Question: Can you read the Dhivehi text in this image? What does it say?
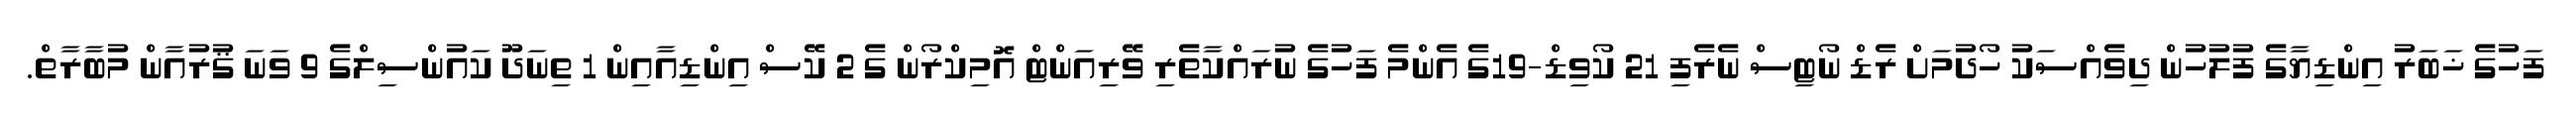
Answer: ފަހުގެ ޚަބަރު އިންޑިޔާގެ ފުލުހުން ދިވެއްސަކު ހޯދުމަށް ރެޑް ނޯޓިސް ނެރެފި 21 ކޯވިޑް-19ގެ އެންމެ ފަހުގެ ނުރައްކާތެރި ވޭރިއަންޓް އޮމިކްރޯން ގެ 2 ކޭސް އިންޑިއާއިން 1 ތިނަދޫ ކައުންސިލްގެ 9 ވަނަ ޤުރުއާން މުބާރާތް.